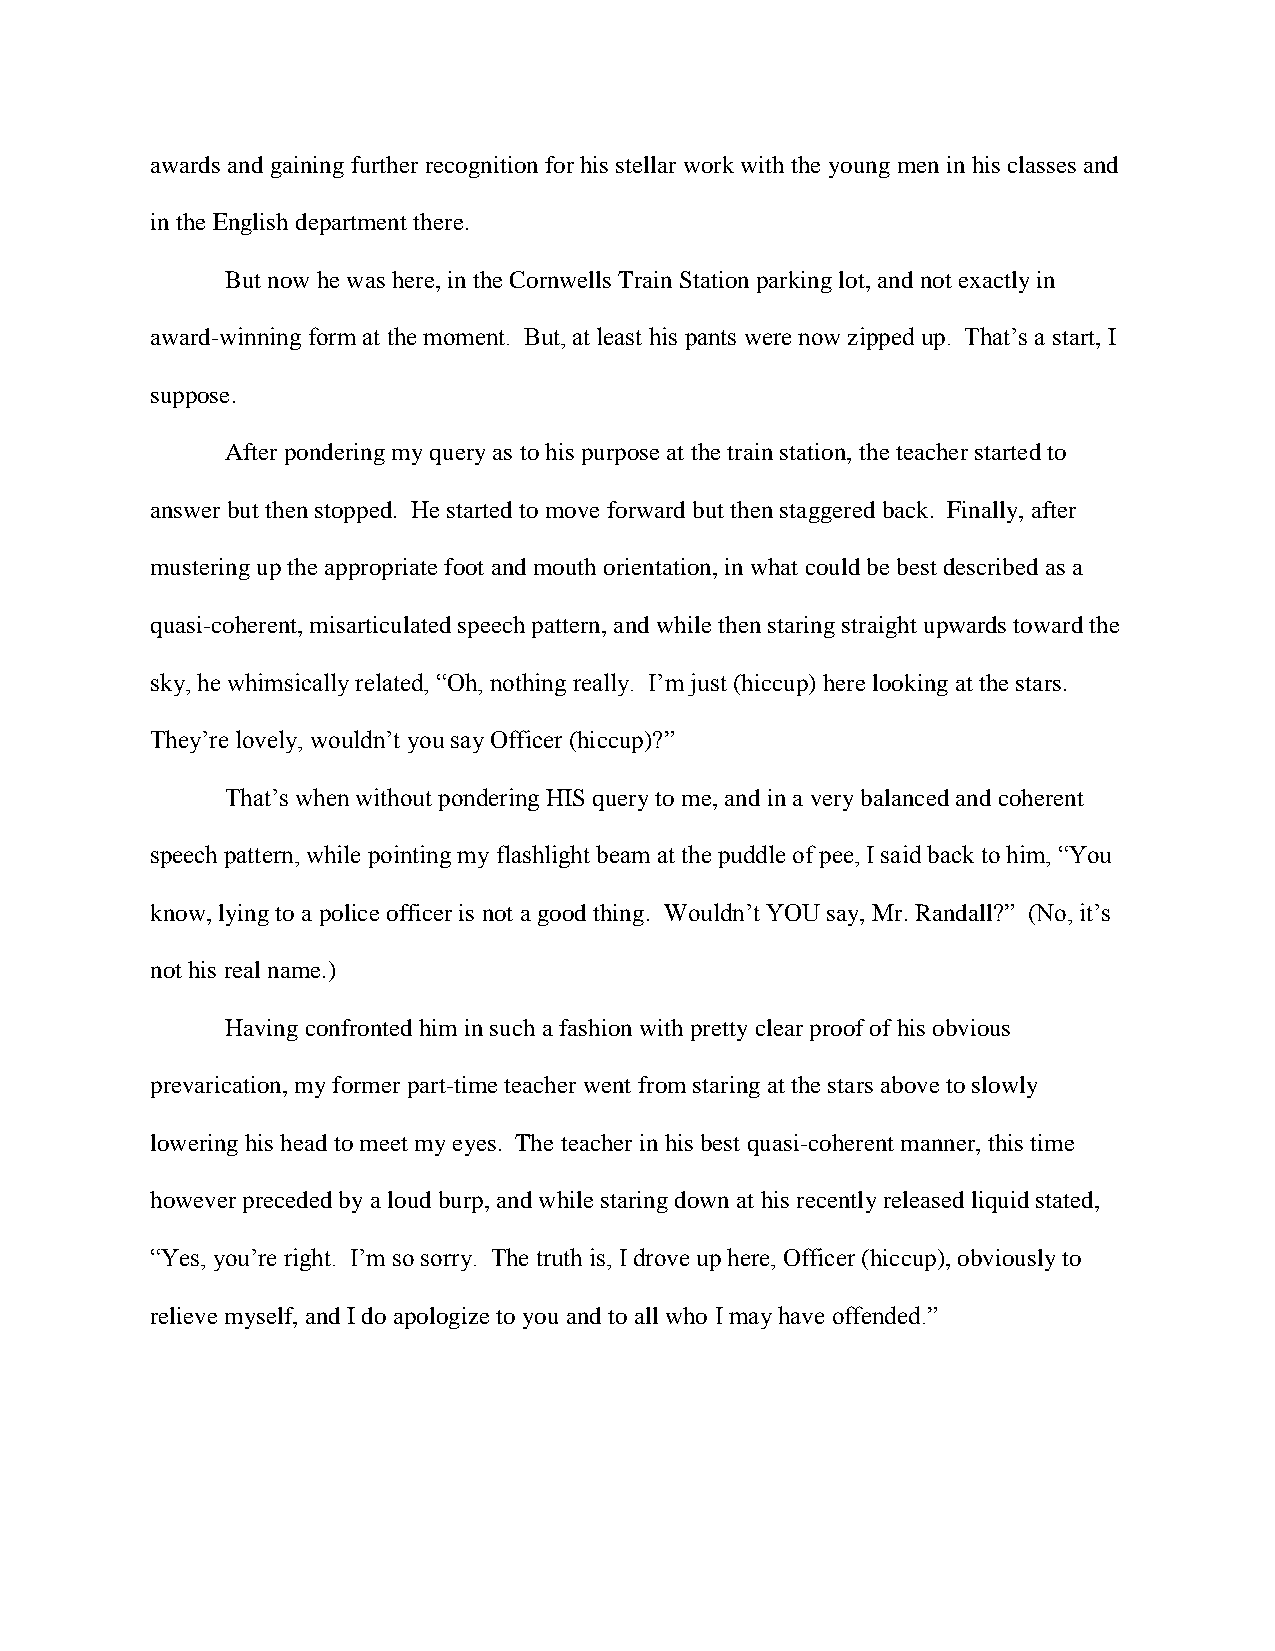
awards and gaining further recognition for his stellar work with the young men in his classes and
 in the English department there.
 But now he was here, in the Cornwells Train Station parking lot, and not exactly in
 award-winning form at the moment. But, at least his pants were now zipped up. That’s a start, I
 suppose.
 After pondering my query as to his purpose at the train station, the teacher started to
 answer but then stopped. He started to move forward but then staggered back. Finally, after
 mustering up the appropriate foot and mouth orientation, in what could be best described as a
 quasi-coherent, misarticulated speech pattern, and while then staring straight upwards toward the
 sky, he whimsically related, “Oh, nothing really. I’m just (hiccup) here looking at the stars.
 They’re lovely, wouldn’t you say Officer (hiccup)?”
 That’s when without pondering HIS query to me, and in a very balanced and coherent
 speech pattern, while pointing my flashlight beam at the puddle of pee, I said back to him, “You
 know, lying to a police officer is not a good thing. Wouldn’t YOU say, Mr. Randall?” (No, it’s
 not his real name.)
 Having confronted him in such a fashion with pretty clear proof of his obvious
 prevarication, my former part-time teacher went from staring at the stars above to slowly
 lowering his head to meet my eyes. The teacher in his best quasi-coherent manner, this time
 however preceded by a loud burp, and while staring down at his recently released liquid stated,
 “Yes, you’re right. I’m so sorry. The truth is, I drove up here, Officer (hiccup), obviously to
 relieve myself, and I do apologize to you and to all who I may have offended.”